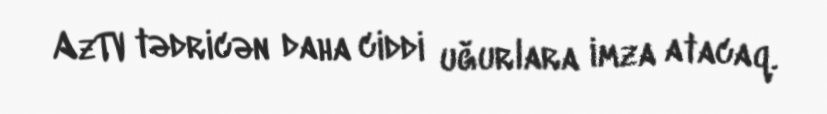
AzTV tədricən daha ciddi uğurlara imza atacaq.